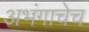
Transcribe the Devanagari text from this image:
अभंगाचेच